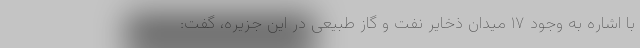
با اشاره به وجود ١٧ میدان ذخایر نفت و گاز طبیعی در این جزیره، گفت: